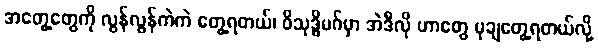
အတွေ့တွေကို လွန်လွန်ကဲကဲ တွေ့ရတယ်၊ ဝိသုဒ္ဓိမဂ်မှာ အဲဒီလို ဟာတွေ မုချတွေ့ရတယ်လို့